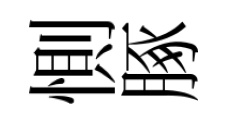
惻䐁